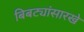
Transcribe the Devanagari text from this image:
बिबट्यांसारखे